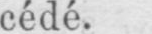
cédé.